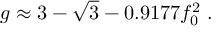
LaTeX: g \approx 3 - \sqrt 3 - 0 . 9 1 7 7 f _ { 0 } ^ { 2 } \; .